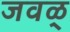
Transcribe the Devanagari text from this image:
जवळ्